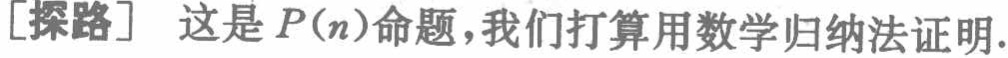
[探路] 这是 \(P(n)\)命题，我们打算用数学归纳法证明.